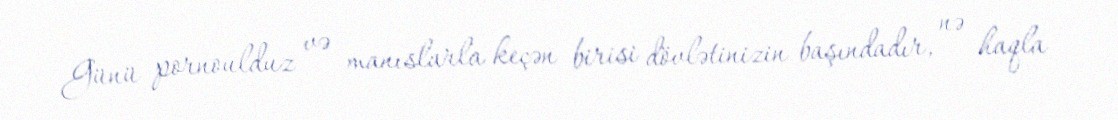
Günü pornoulduz və manıslarla keçən birisi dövlətinizin başındadır, nə haqla